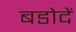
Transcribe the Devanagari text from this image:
बडोदें